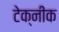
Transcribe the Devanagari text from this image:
टेक्नीक